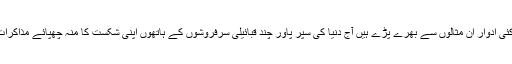
اسلام کا ابتدائی دور ہو یا اسکے بعد کے کئی ادوار ان مثالوں سے بھرے پڑے ہیں آج دنیا کی سپر پاور چند قبائیلی سرفروشوں کے ہاتھوں اپنی شکست کا منہ چھپائے مذاکرات کی میز سجانی کی دعوت دے رہی ہے۔